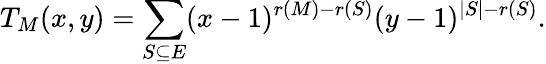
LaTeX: T_{M}(x,y)=\sum_{S\subseteq E}(x-1)^{r(M)-r(S)}(y-1)^{|S|-r(S)}.